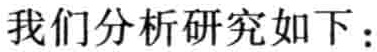
我们分析研究如下：